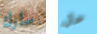
سارك حال